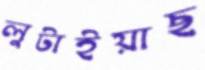
লুটাইয়াছ